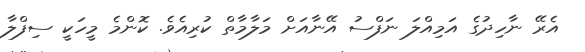
އެރޭ ނާހިދުގެ އަމިއްލަ ނަފްސު އޭނާއަށް މަލާމާތް ކުރިއެވެ. ކޮންމެ މީހަކީ ސިފްލާ